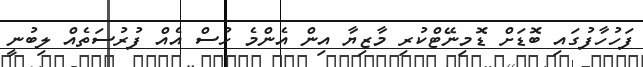
ފަހުހާފުގައި ބޮޑަށް ޑޮމިނޭޓްކުރި މާޒިޔާ އިން އެންމެ ހުސް އެއް ފުރުސަތެއް ލިބުނީ